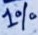
Text: 1%